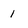
Character: 1